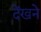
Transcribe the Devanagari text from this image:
देंखने